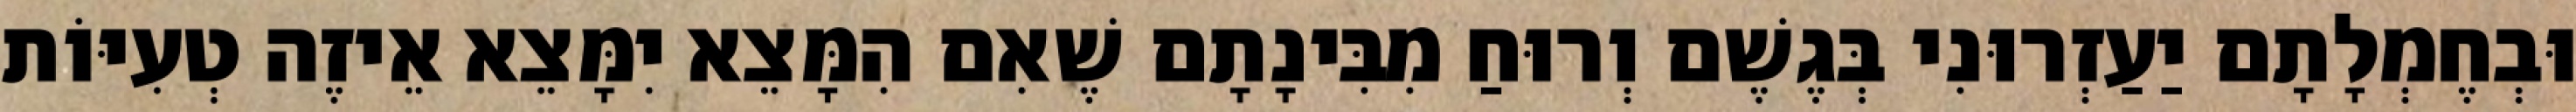
וּבְחֶמְלָתָם יַעַזְרוּנִי בְּגֶשֶׁם וְרוּחַ מִבִּינָתָם שֶׁאִם הִמָּצֵא יִמָּצֵא אֵיזֶה טְעִיּוֹת